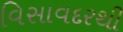
વિસાવદરથી